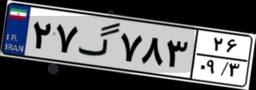
۲۷گ۷۸۳۲۶